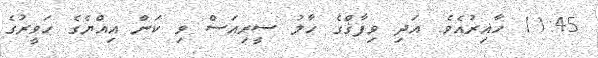
11:45 ހާއިރުއެވެ. އަދި ވިފާޤްގެ ހާލު ސީރިއަސް ވި ކަން އިއްޔެގެ ހަވީރުގެ